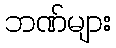
ဘဏ်များ